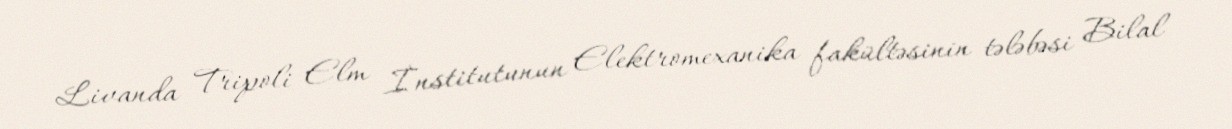
Livanda Tripoli Elm İnstitutunun Elektromexanika fakültəsinin tələbəsi Bilal